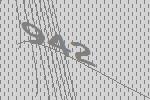
942